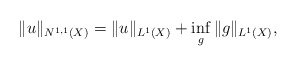
\begin{align*}\Vert u\Vert_{N^{1,1}(X)}=\Vert u\Vert_{L^1(X)}+\inf_g\Vert g\Vert_{L^1(X)},\end{align*}